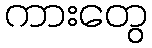
ကားတွေ